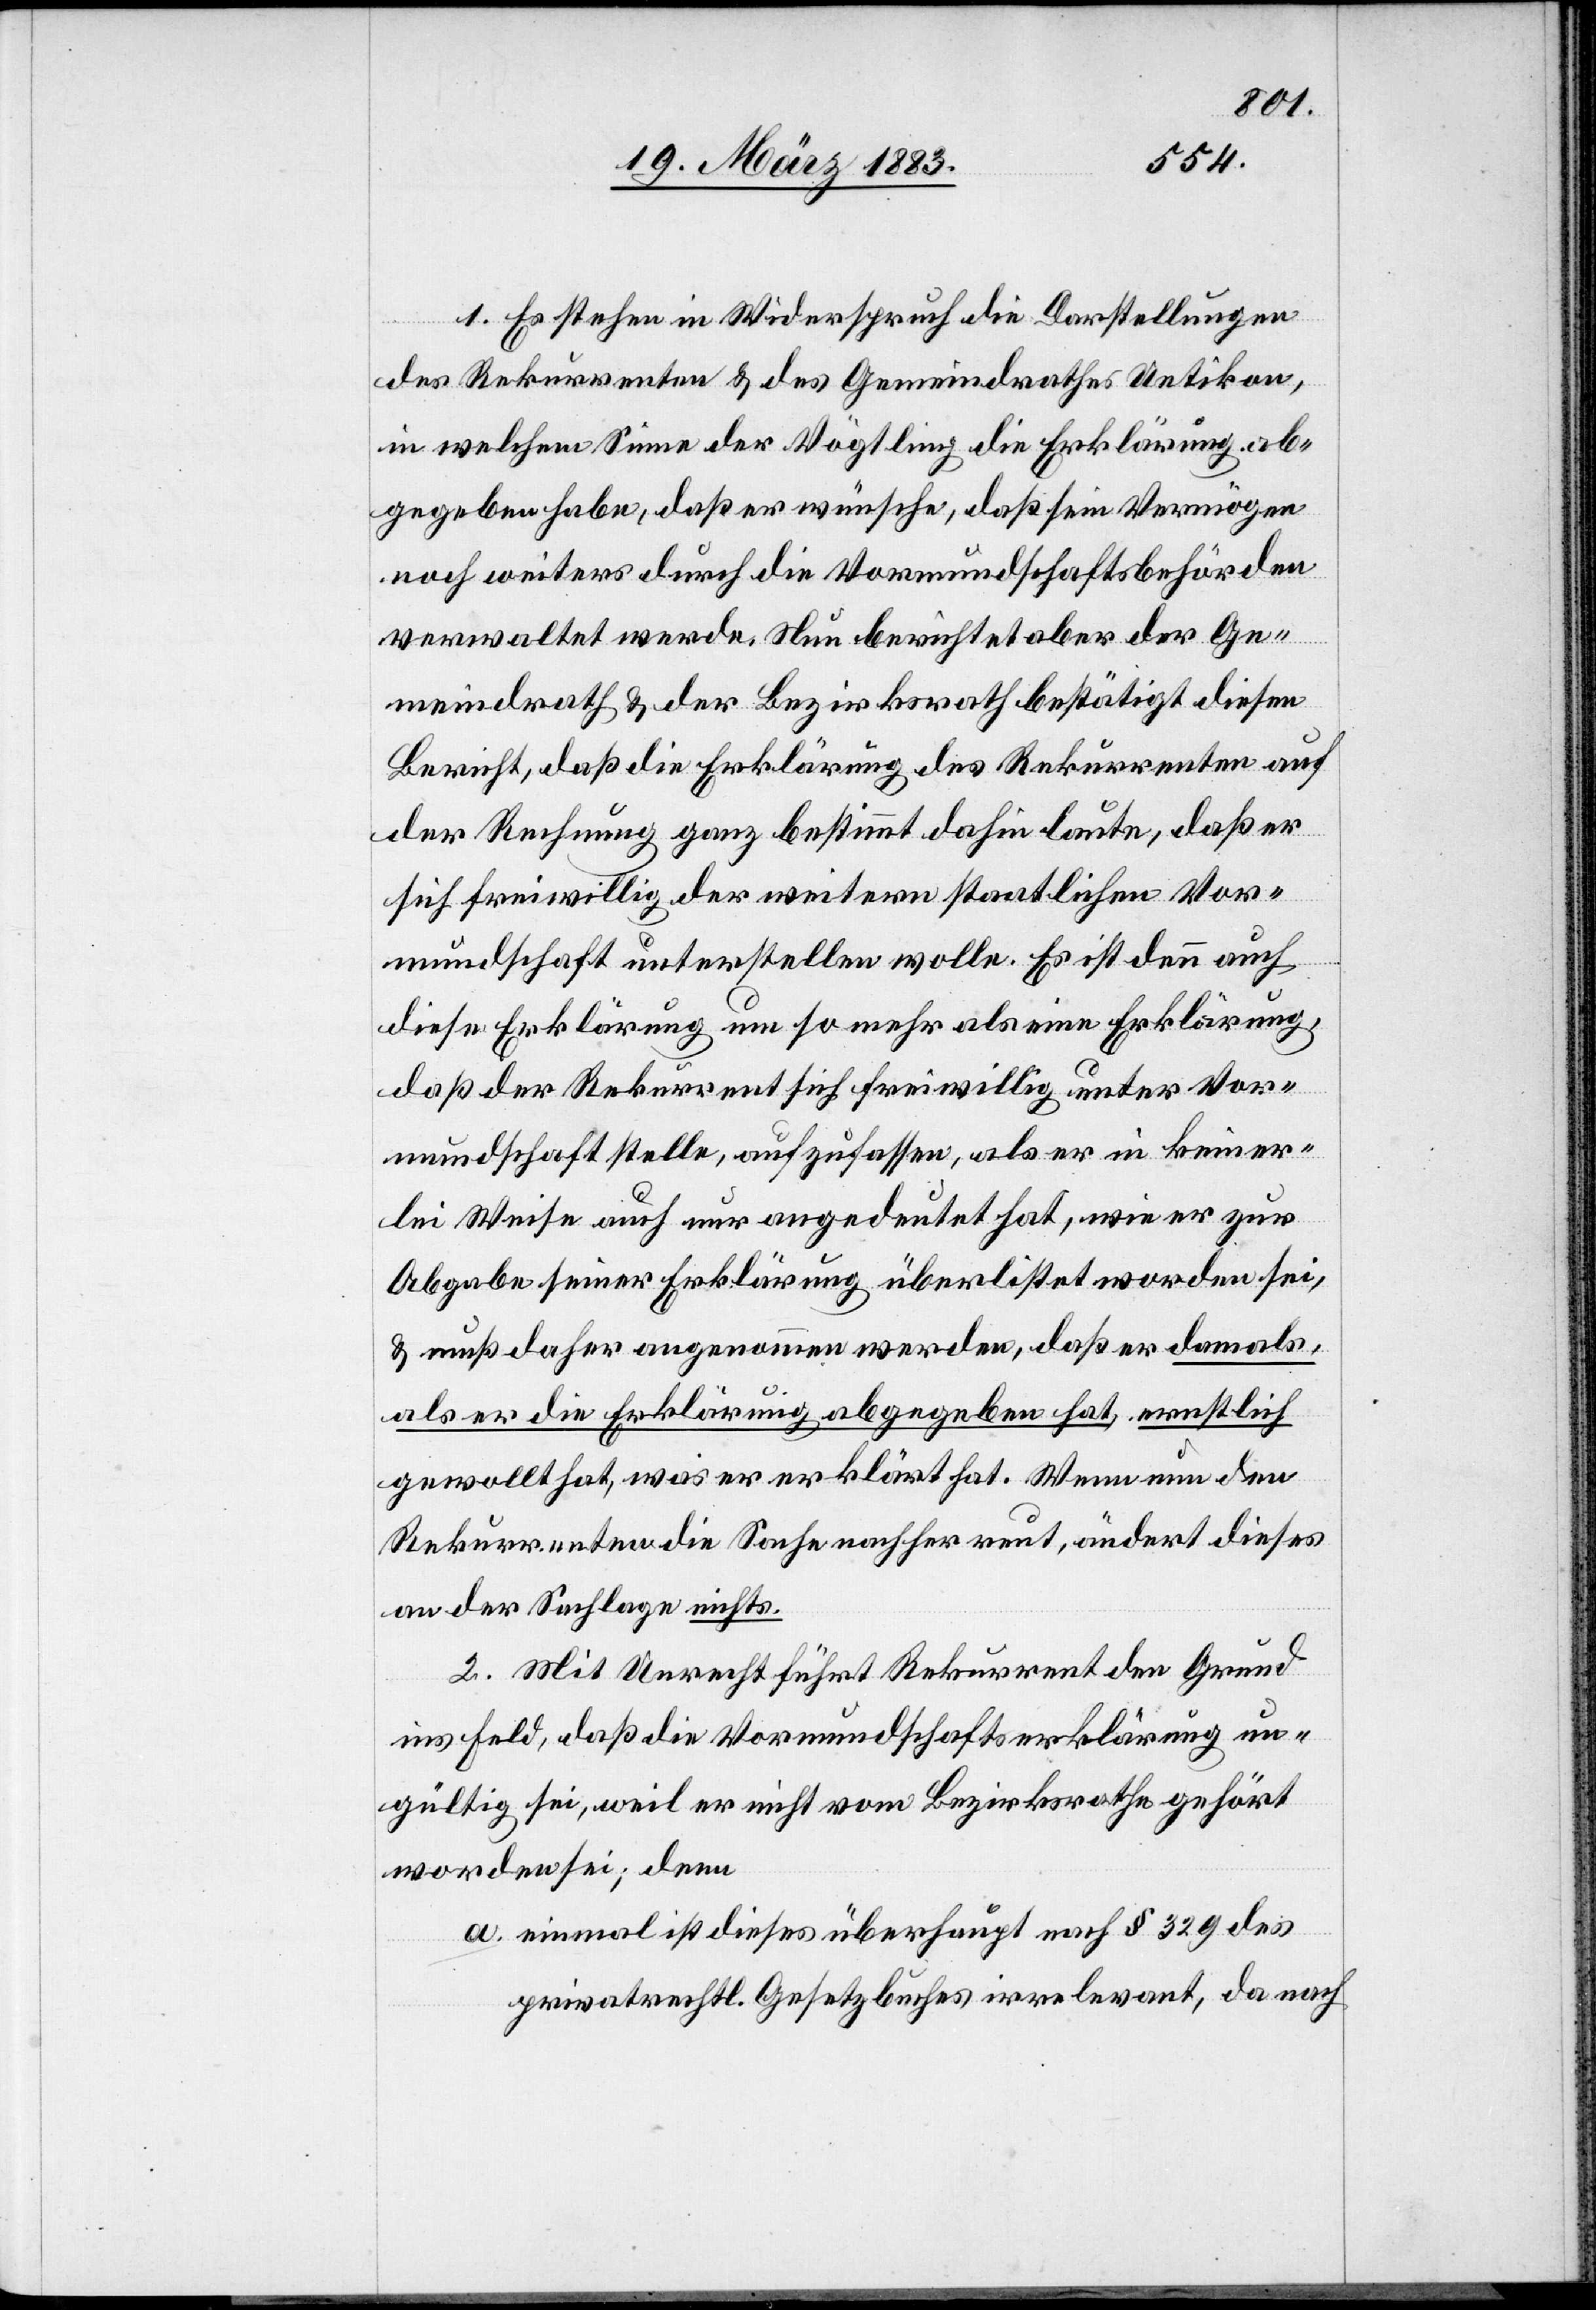
1. Es stehen im Widerspruch die Darstellungen
des Rekurrenten & des Gemeindrathes Uetikon,
in welchem Sinne der Vögtling die Erklärung ab¬
gegeben habe, daß er wünsche, daß sein Vermögen
noch weiters durch die Vormundschaftsbehörden
verwaltet werde. Nun berichtet aber der Ge¬
meindrath & der Bezirksrath bestätigt diesen
Bericht, daß die Erklärung des Rekurrenten auf
der Rechnung ganz bestimmt dahin laute, daß er
sich freiwillig der weitern staatlichen Vor¬
mundschaft unterstellen wolle. Es ist denn auch
diese Erklärung um so mehr als eine Erklärung,
daß der Rekurrent sich freiwillig unter Vor¬
mundschaft stelle, aufzufassen, als er in keiner¬
lei Weise auch nur angedeutet hat, wie er zur
Abgabe seiner Erklärung überlistet worden sei,
& muß daher angenommen werden, daß er damals,
als er die Erklärung abgegeben hat, ernstlich
gewollt hat, was er erklärt hat. Wenn nun den
Rekurrenten die Sache nachher reut, ändert dieses
an der Sachlage nichts.
2. Mit Unrecht führt Rekurrent den Grund
ins Feld, daß die Vormundschaftserklärung un¬
gültig sei, weil er nicht vom Bezirksrathe gehört
worden sei; denn
a. einmal ist dieses überhaupt nach § 329 des
privatrechtl. Gesetzbuches irrelevant, da nach